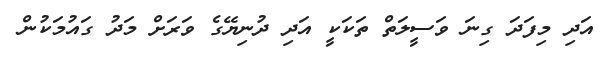
އަދި މިފަދަ ގިނަ ވަސީލަތް ތަކަކީ އަދި ދުނިޔޭގެ ވަރަށް މަދު ގައުމަކުން